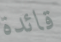
قائدة